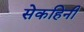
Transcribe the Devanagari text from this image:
सेकहिनी